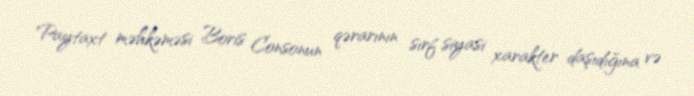
Paytaxt məhkəməsi Boris Consonun qərarının sırf siyasi xarakter daşıdığına və